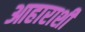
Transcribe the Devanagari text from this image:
आहाराशी